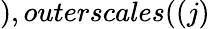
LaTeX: ),outerscales((j)